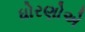
ધોરણોએ